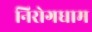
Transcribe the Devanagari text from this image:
निरोगधाम